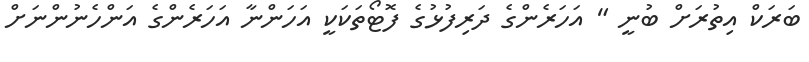
ބަރަކް އިތުރަށް ބުނީ " އަހަރެންގެ ދަރިފުޅުގެ ފޮޓޯތަކަކީ އަހަންނާ އަހަރެންގެ އަންހެނުންނަށް